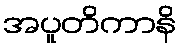
အပူတိကာနိ